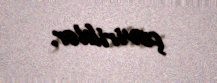
çeviriblər.